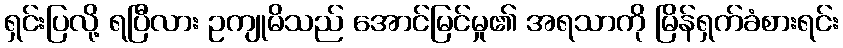
ရှင်းပြလို့ ရပြီလား ဥကျုမိသည် အောင်မြင်မှု၏ အရသာကို မြိန်ရှက်ခံစားရင်း